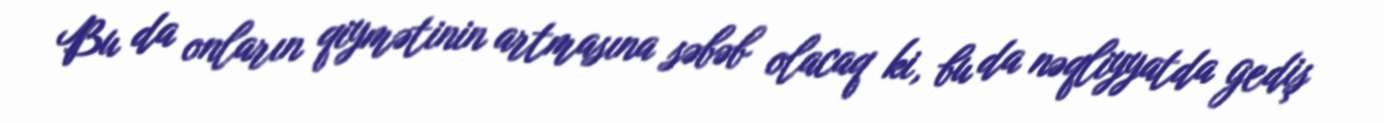
Bu da onların qiymətinin artmasına səbəb olacaq ki, bu da nəqliyyatda gediş